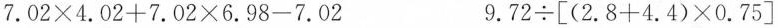
$$ 7 . 0 2 \times 4 . 0 2 + 7 . 0 2 \times 6 . 9 8 - 7 . 0 2 $$ $$ 9 .